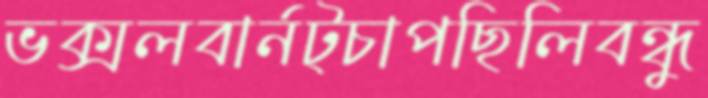
ভক্সলবার্নট্চাপছিলিবন্ধু